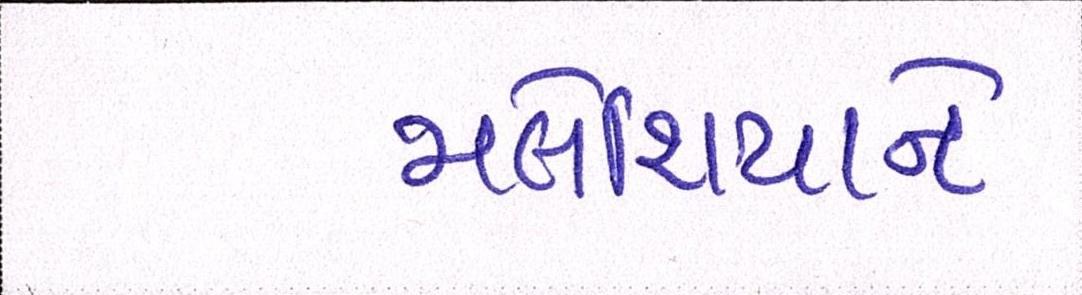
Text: મલેશિયાને